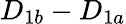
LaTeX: D_{1b}-D_{1a}